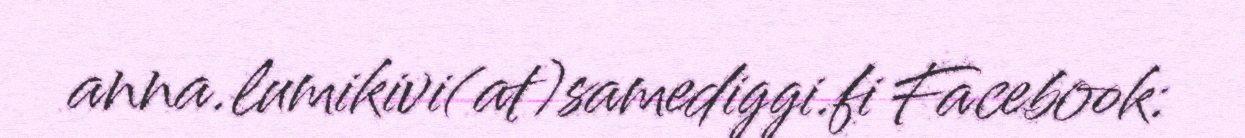
anna.lumikivi(at)samediggi.fi Facebook: